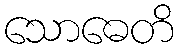
သောဓေတိ